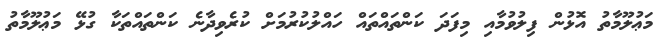
މަޢުލޫމާތު އޮޅުން ފިލުވުމާއި މިފަދަ ކަންތައްތައް ހައްލުކުރުމަށް ކުރެވިދާނެ ކަންތައްތަކާ ގުޅޭ މަޢުލޫމާތު